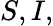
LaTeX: S,I,